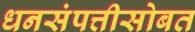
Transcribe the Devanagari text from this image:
धनसंपत्तीसोबत